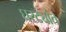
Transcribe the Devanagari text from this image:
घरट्यांत